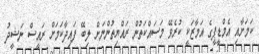
ކަމަށާއި އެމްޑީޕީގެ އަމާޒަކީ ކުރެވޭ މަސައްކަތުން ރައްޔިތުންނަށް ލިބޭ ފައިދާކަމަށް ރައީސް ނަޝީދު